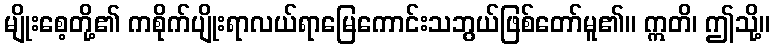
မျိုးစေ့တို့၏ ကစိုက်ပျိုးရာလယ်ရာမြေကောင်းသဘွယ်ဖြစ်တော်မူ၏။ ဣတိ၊ ဤသို့။